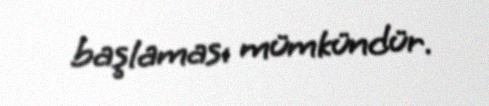
başlaması mümkündür.